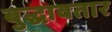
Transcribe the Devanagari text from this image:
बुद्धावतार